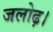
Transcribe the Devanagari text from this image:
जलोढ़।